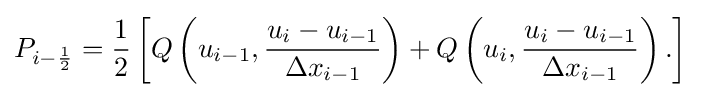
P_{i-{\frac {1}{2}}}={\frac {1}{2}}\left[Q\left(u_{i-1},{\frac {u_{i}-u_{i-1}}{\Delta x_{i-1}}}\right)+Q\left(u_{i},{\frac {u_{i}-u_{i-1}}{\Delta x_{i-1}}}\right).\right]